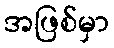
အဖြစ်မှာ